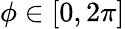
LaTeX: \phi\in[0,2\pi]